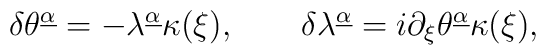
\delta\theta^{\underline\alpha}=-\lambda^{\underline\alpha}\kappa(\xi),\qquad\delta\lambda^{\underline\alpha}=i\partial_\xi\theta^{\underline\alpha}\kappa(\xi),